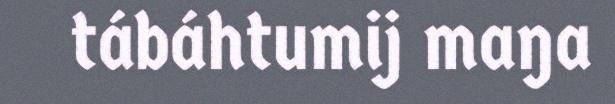
tábáhtumij maŋa